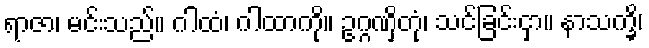
ရာဇာ၊ မင်းသည်။ ဂါထံ၊ ဂါထာကို။ ဥဂ္ဂဏှိတုံ၊ သင်ခြင်းငှာ။ နာသက္ခိ၊